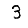
Digit: 3